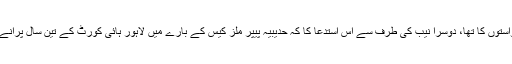
ایک مقدمہ عمران خان اور جہانگیر ترین کی نااہلی کے لئے دائر درخواستوں کا تھا، دوسرا نیب کی طرف سے اس استدعا کا کہ حدیبیہ پیپر ملز کیس کے بارے میں لاہور ہائی کورٹ کے تین سال پرانے فیصلے کے خلاف اپیل دائر کرنے کی اجازت مرحمت فرمائی جائے۔